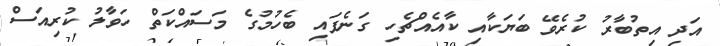
އަދި އިތުބާރު ކުރެވޭ ބަޔަކާއި ކާއެއްޗެހި ގަނެފައި ބެހުމުގެ މަސައްކަތް ހަވާލު ކުރިއަސް